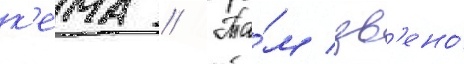
к'ема // Та́м зв'ено́